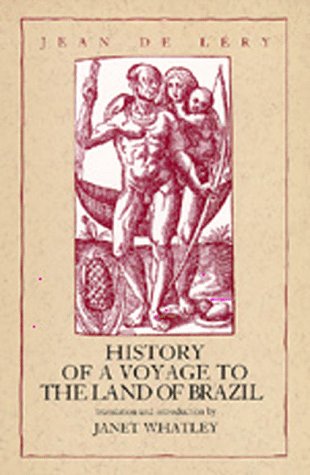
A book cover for History of a Voyage to the Land of Brazil (Latin American Literature and Culture); Jean De Lery; Literature & Fiction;